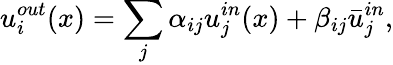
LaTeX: u_{i}^{out}(x)=\sum_{j}\alpha_{ij}u_{j}^{in}(x)+\beta_{ij}\bar{u}_{j}^{in},